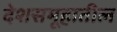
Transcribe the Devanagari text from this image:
देशसमूहातील